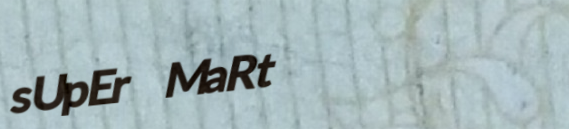
sUpEr MaRt